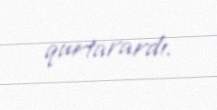
qurtarardı.